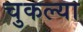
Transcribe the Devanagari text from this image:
चुकल्या